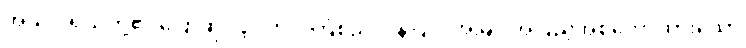
အသပ္ပုရိသတို့၏ ပြောဆို လုပ်ကိုင် ကြံစည် ဒါနပြုပုံ အမြင် အပြည့်အစုံဟောထားသော